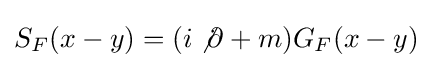
S_{F}(x-y)=(i\not \partial +m)G_{F}(x-y)